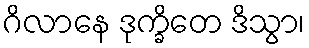
ဂိလာနေ ဒုက္ခိတေ ဒိသွာ၊